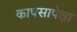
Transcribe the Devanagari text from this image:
कापसापेक्षा